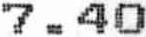
7.40